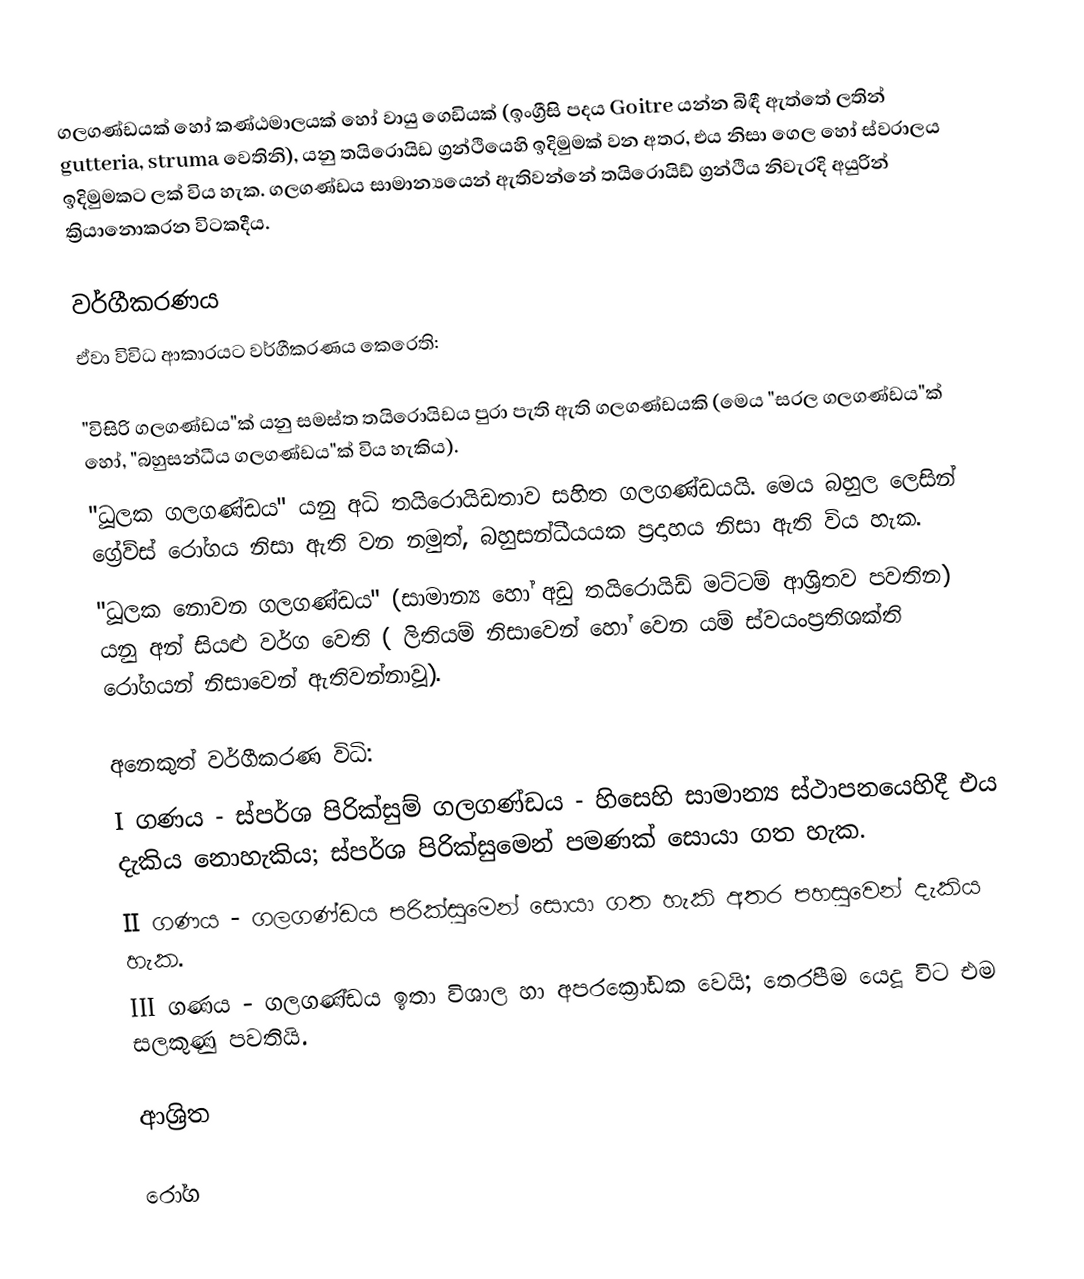
ගලගණ්ඩයක් හෝ කණ්ඨමාලයක් හෝ වායු ගෙඩියක්  (ඉංග්‍රීසි පදය Goitre යන්න බිඳී ඇත්තේ ලතින් gutteria, struma වෙතිනි), යනු තයිරොයිඩ ග්‍රන්ථියෙහි ඉදිමුමක් වන අතර, එය නිසා ගෙල හෝ  ස්වරාලය ඉදිමුමකට ලක් විය හැක. ගලගණ්ඩය සාමාන්‍යයෙන් ඇතිවන්නේ තයිරොයිඩ් ග්‍රන්ථිය නිවැරදි අයුරින් ක්‍රියානොකරන විටකදීය.

වර්ගීකරණය
ඒවා විවිධ ආකාරයට වර්ගීකරණය කෙරෙති:

 "විසිරි ගලගණ්ඩය"ක් යනු සමස්ත තයිරොයිඩය පුරා පැති ඇති ගලගණ්ඩයකි (මෙය  "සරල ගලගණ්ඩය"ක් හෝ, "බහුසන්ධීය ගලගණ්ඩය"ක් විය හැකිය).
 "ධූලක ගලගණ්ඩය" යනු අධි තයිරොයිඩතාව සහිත ගලගණ්ඩයයි. මෙය බහුල ලෙසින් ග්‍රේව්ස් රෝගය නිසා ඇති වන නමුත්, බහුසන්ධීයයක ප්‍රදාහය නිසා ඇති විය හැක.
 "ධූලක නොවන ගලගණ්ඩය" (සාමාන්‍ය හෝ අඩු තයිරොයිඩ් මට්ටම් ආශ්‍රිතව පවතින) යනු අන් සියළු වර්ග වෙති ( ලිතියම් නිසාවෙන් හෝ වෙන යම් ස්වයංප්‍රතිශක්ති රෝගයන් නිසාවෙන් ඇතිවන්නාවූ).

අනෙකුත් වර්ගීකරණ විධි:
 I ගණය - ස්පර්ශ පිරික්සුම් ගලගණ්ඩය - හිසෙහි සාමාන්‍ය ස්ථාපනයෙහිදී එය දැකිය නොහැකිය; ස්පර්ශ පිරික්සුමෙන් පමණක් සොයා ගත හැක.
 II ගණය - ගලගණ්ඩය පරික්සුමෙන් සොයා ගත හැකි අතර පහසුවෙන් දැකිය හැක.
 III ගණය - ගලගණ්ඩය ඉතා විශාල හා  අපරක්‍රෝඩක වෙයි; තෙරපීම යෙදූ විට එම සලකුණු පවතියි.

ආශ්‍රිත

රෝග